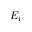
E _ { i }